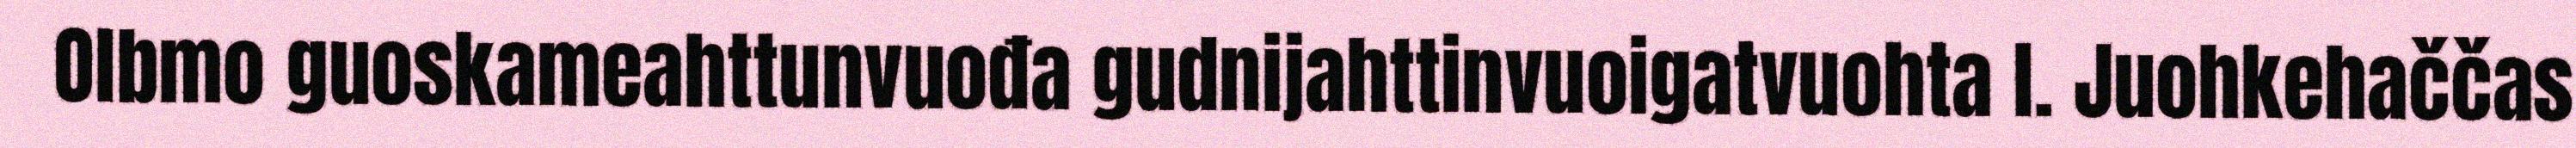
Olbmo guoskameahttunvuođa gudnijahttinvuoigatvuohta l. Juohkehaččas